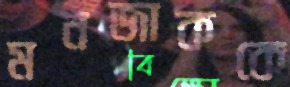
মনজাককে